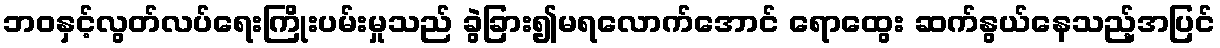
ဘဝနှင့်လွတ်လပ်ရေးကြိုးပမ်းမှုသည် ခွဲခြား၍မရလောက်အောင် ရောထွေး ဆက်နွယ်နေသည့်အပြင်